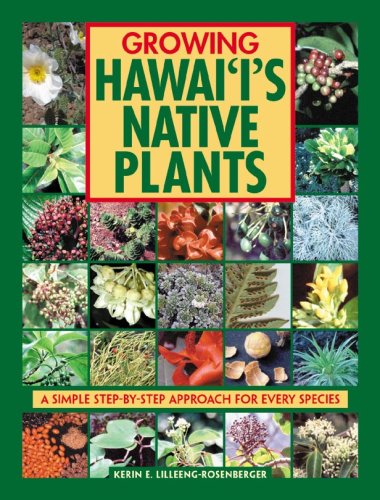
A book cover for Growing Hawaii's Native Plants: A Simple Step-by-Step Approach for Every Species; Kerin L. Lilleeng-Rosenberger; Crafts, Hobbies & Home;